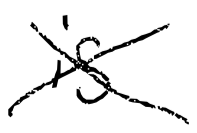
Text: is
Cross-out: mix
Writing tool: digital_black